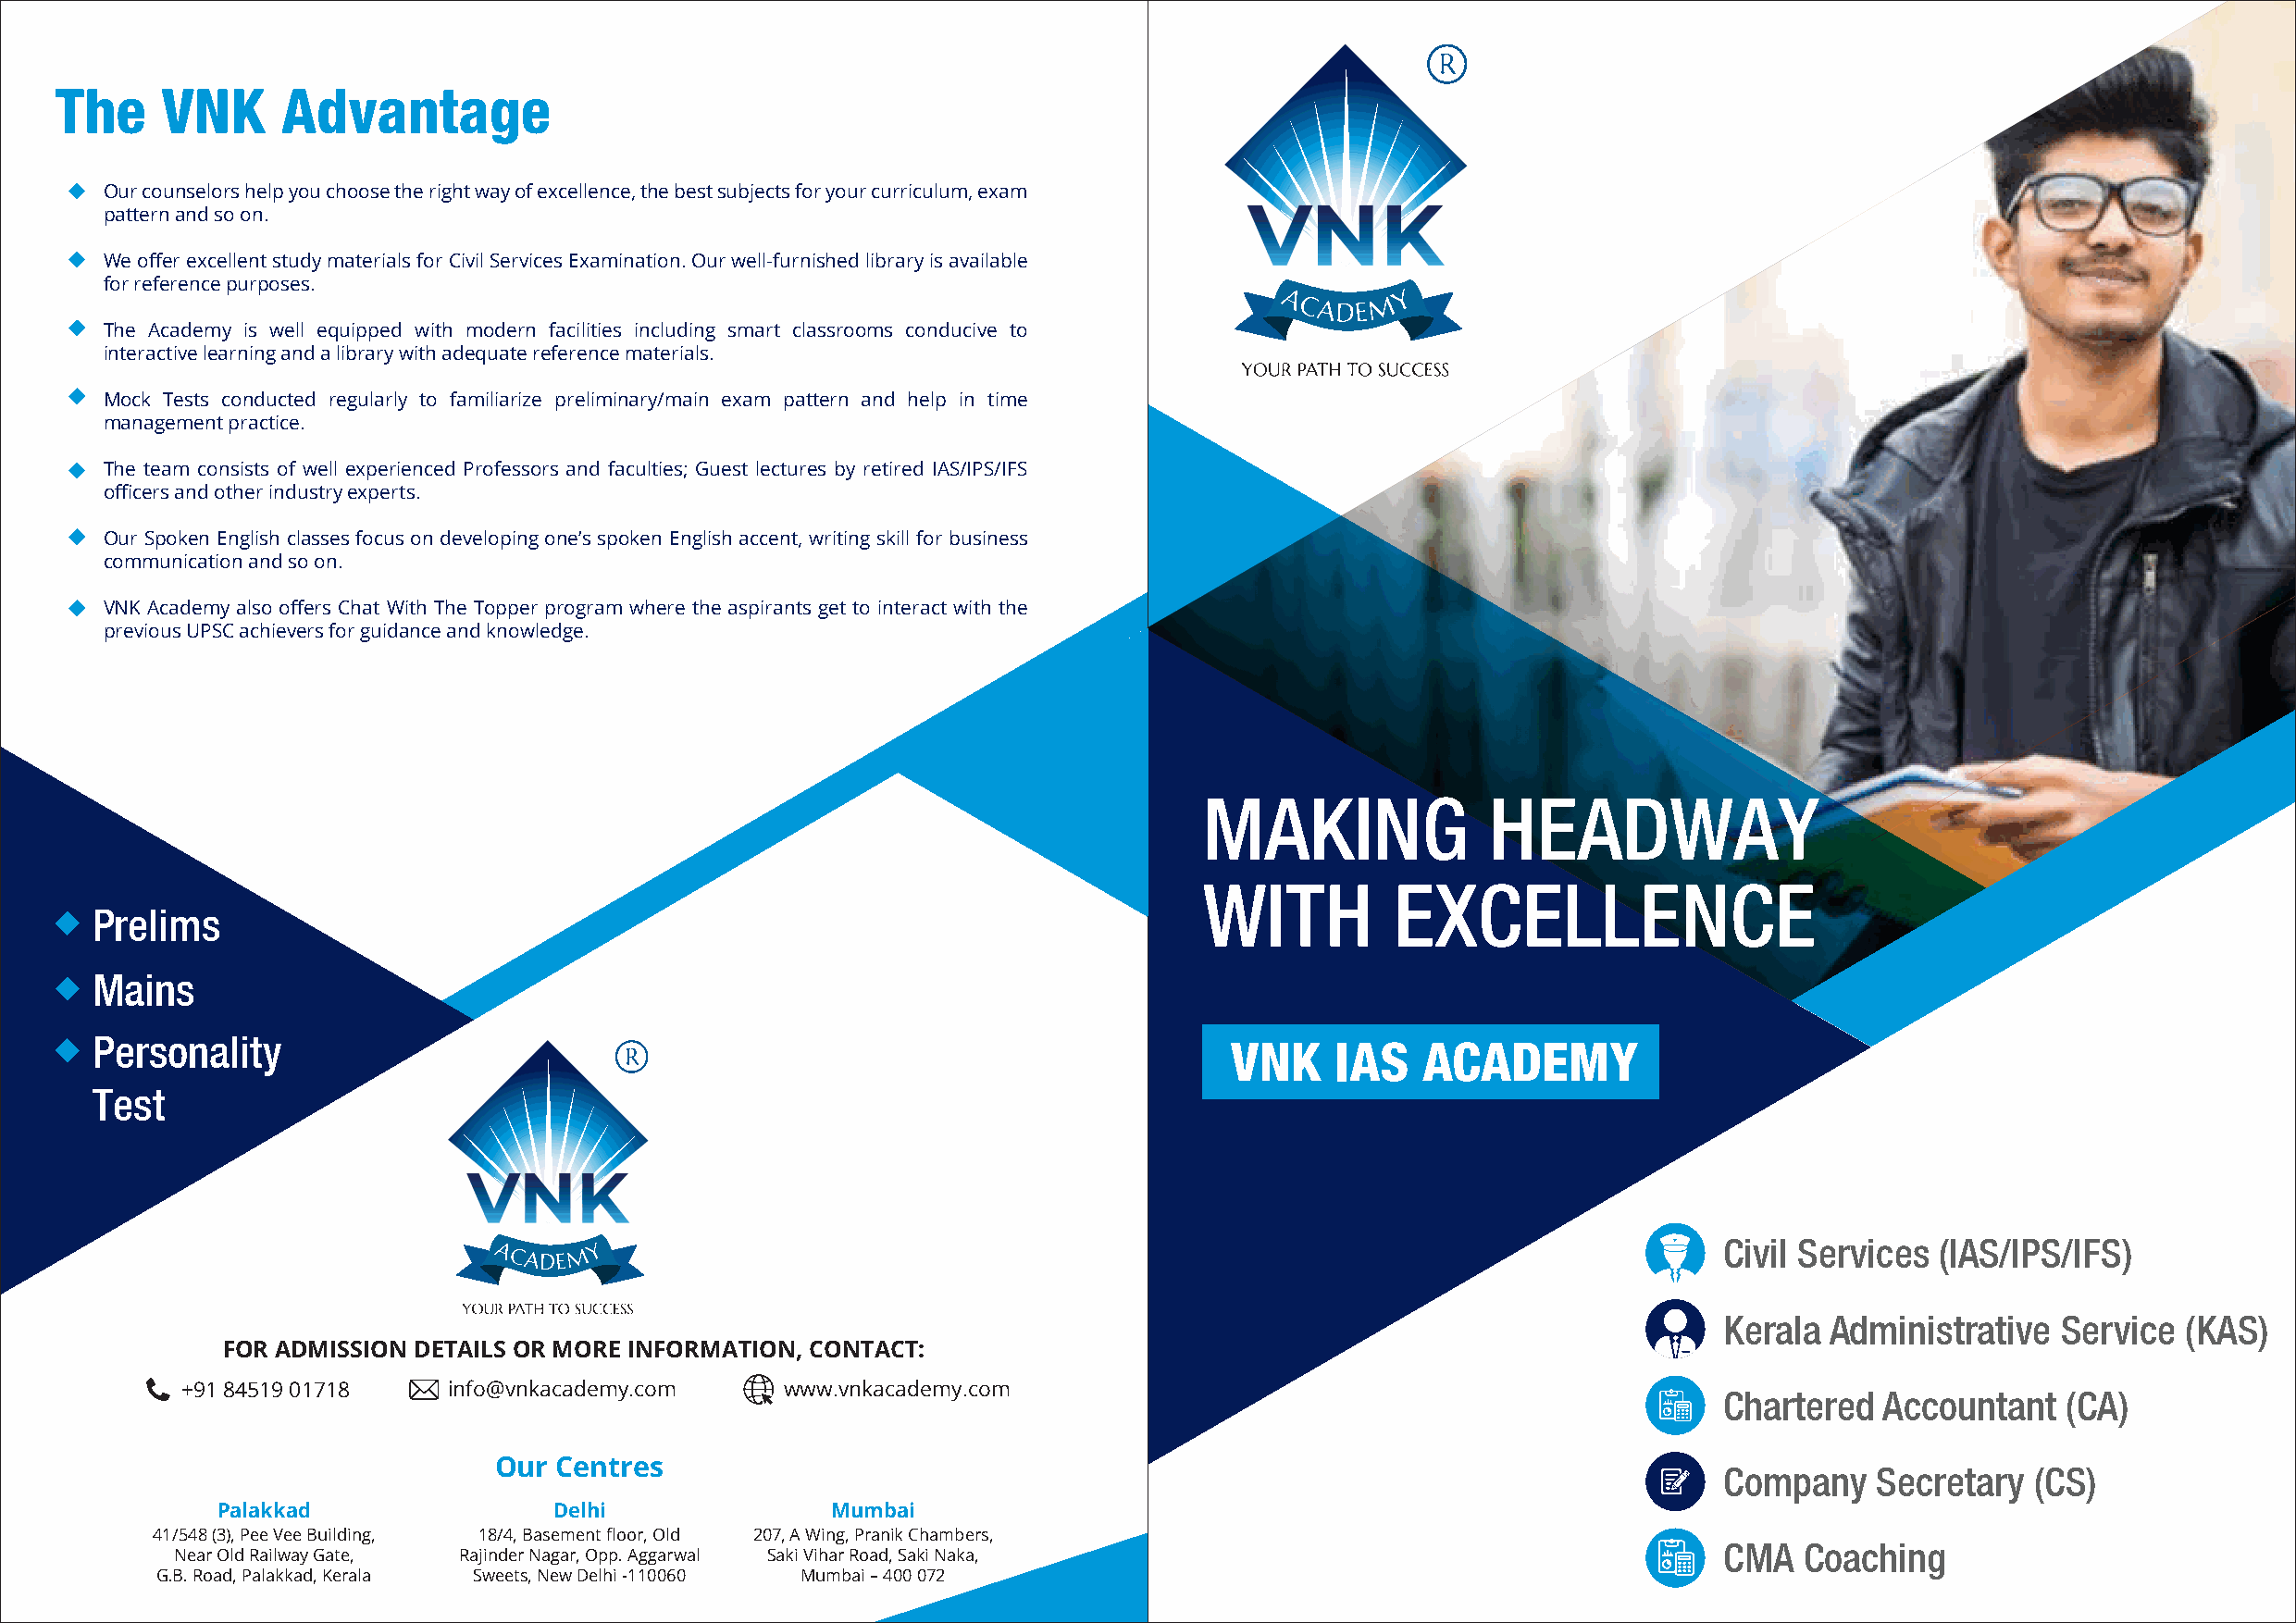
The     VNK     Advantage
 Our counselors help you choose the right way of excellence, the best subjects for your curriculum, exam
 pattern and so on.
 We offer excellent study materials for Civil Services Examination. Our well-furnished library is available
 for reference purposes.
 The Academy is well equipped with modern facilities including smart classrooms conducive to
 interactive learning and a library with adequate reference materials.
 Mock Tests conducted regularly to familiarize preliminary/main exam pattern and help in time
 management practice.
 The team consists of well experienced Professors and faculties; Guest lectures by retired IAS/IPS/IFS
 officers and other industry experts.
 Our Spoken English classes focus on developing one’s spoken English accent, writing skill for business
 communication and so on.
 VNK Academy also offers Chat With The Topper program where the aspirants get to interact with the
 previous UPSC achievers for guidance and knowledge.
 MAKING              HEADWAY
 WITH          EXCELLENCE
 Prelims
 Mains
 Personality
 VNK    IAS    ACADEMY
 Test
 Civil Services  (IAS/IPS/IFS)
 Kerala  Administrative  Service  (KAS)
 FOR ADMISSION DETAILS OR MORE INFORMATION, CONTACT:
 +91 84519 01718    info@vnkacademy.com     www.vnkacademy.com
 Chartered   Accountant   (CA)
 Our  Centres
 Company    Secretary  (CS)
 Palakkad                Delhi              Mumbai
 41/548 (3), Pee Vee Building, 18/4, Basement floor, Old 207, A Wing, Pranik Chambers,
 CMA   Coaching
 Near Old Railway Gate, Rajinder Nagar, Opp. Aggarwal Saki Vihar Road, Saki Naka,
 G.B. Road, Palakkad, Kerala Sweets, New Delhi -110060 Mumbai – 400 072